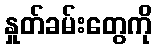
နှုတ်ခမ်းတွေကို